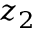
z _ { 2 }